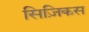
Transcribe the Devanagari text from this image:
सिज़िकस